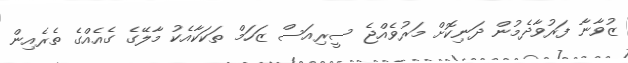
ޒުވާނާ ފަރުވާދެމުން ދަނިކޮށް މަރުވެއްޖެ ސީރިއަސް ޒަހަމް ތަކަކާއެކު މާލޭގެ ގެއެއްގެ ތެރެއިން